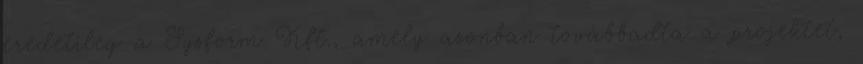
eredetileg a Sysform Kft., amely azonban továbbadta a projektet,